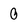
Character: 0